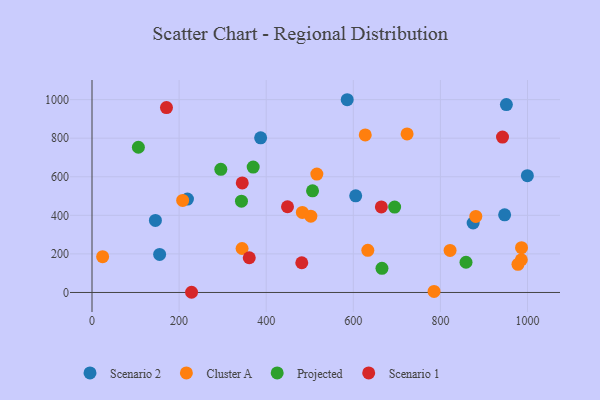
{"axis": {"x": "Ad Spend", "y": "Demand"}, "legend": ["Cluster A", "Projected", "Scenario 1", "Scenario 2"], "data": [{"x": "219.2", "y": 484.5, "type": "Scenario 2"}, {"x": "947.5", "y": 402.4, "type": "Scenario 2"}, {"x": "387.2", "y": 801.9, "type": "Scenario 2"}, {"x": "875.2", "y": 360.1, "type": "Scenario 2"}, {"x": "586.0", "y": 999.4, "type": "Scenario 2"}, {"x": "951.5", "y": 974.3, "type": "Scenario 2"}, {"x": "145.6", "y": 373.5, "type": "Scenario 2"}, {"x": "999.7", "y": 605.4, "type": "Scenario 2"}, {"x": "605.5", "y": 501.2, "type": "Scenario 2"}, {"x": "155.3", "y": 197.0, "type": "Scenario 2"}, {"x": "822.2", "y": 218.0, "type": "Cluster A"}, {"x": "985.8", "y": 169.7, "type": "Cluster A"}, {"x": "502.5", "y": 395.6, "type": "Cluster A"}, {"x": "785.4", "y": 5.5, "type": "Cluster A"}, {"x": "516.3", "y": 614.1, "type": "Cluster A"}, {"x": "627.4", "y": 816.7, "type": "Cluster A"}, {"x": "483.0", "y": 415.0, "type": "Cluster A"}, {"x": "208.2", "y": 477.5, "type": "Cluster A"}, {"x": "723.5", "y": 821.9, "type": "Cluster A"}, {"x": "986.3", "y": 232.1, "type": "Cluster A"}, {"x": "633.3", "y": 218.7, "type": "Cluster A"}, {"x": "881.3", "y": 394.1, "type": "Cluster A"}, {"x": "24.4", "y": 185.8, "type": "Cluster A"}, {"x": "978.1", "y": 146.0, "type": "Cluster A"}, {"x": "344.6", "y": 228.0, "type": "Cluster A"}, {"x": "295.8", "y": 638.7, "type": "Projected"}, {"x": "106.5", "y": 752.9, "type": "Projected"}, {"x": "506.4", "y": 527.2, "type": "Projected"}, {"x": "665.8", "y": 125.2, "type": "Projected"}, {"x": "694.9", "y": 442.8, "type": "Projected"}, {"x": "370.1", "y": 650.2, "type": "Projected"}, {"x": "858.8", "y": 156.7, "type": "Projected"}, {"x": "343.2", "y": 473.3, "type": "Projected"}, {"x": "481.7", "y": 154.2, "type": "Scenario 1"}, {"x": "361.1", "y": 179.9, "type": "Scenario 1"}, {"x": "228.6", "y": 1.0, "type": "Scenario 1"}, {"x": "345.0", "y": 568.0, "type": "Scenario 1"}, {"x": "171.0", "y": 958.9, "type": "Scenario 1"}, {"x": "448.9", "y": 444.5, "type": "Scenario 1"}, {"x": "664.4", "y": 443.5, "type": "Scenario 1"}, {"x": "942.6", "y": 805.9, "type": "Scenario 1"}]}